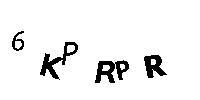
6KPRPR